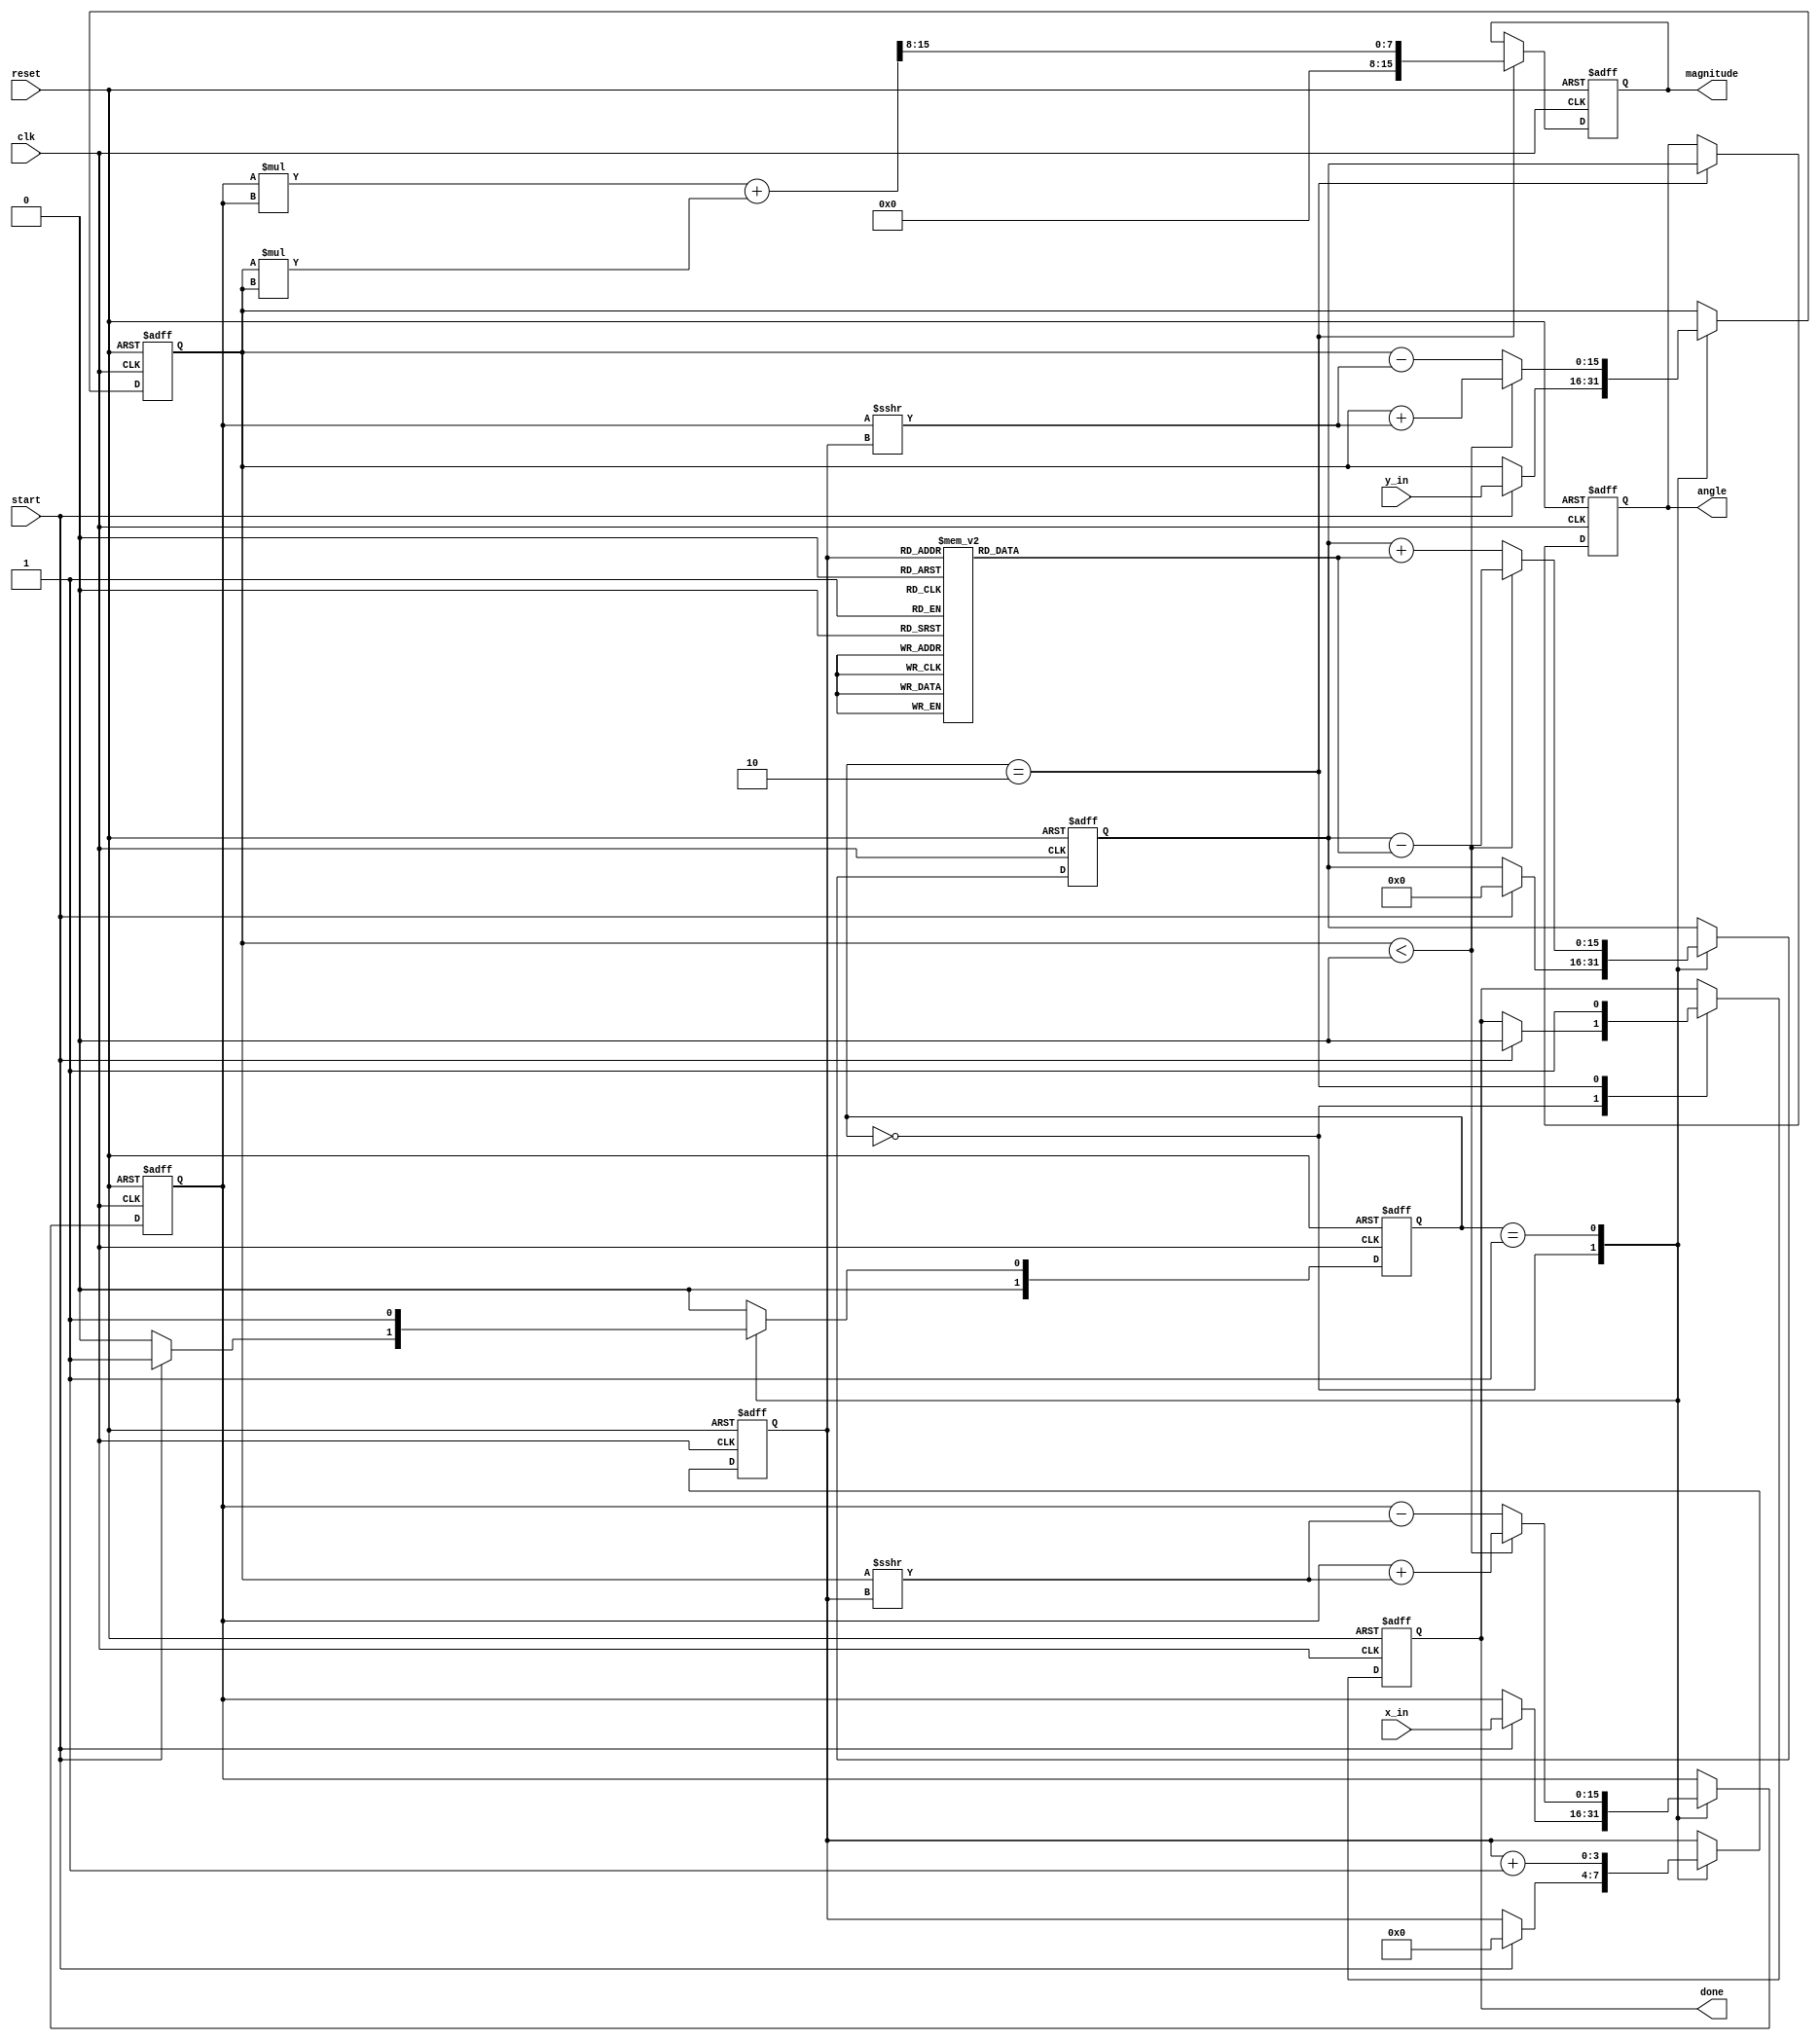
module vectoring_cordic #(
    parameter N = 16, // Bit-width for x_in and y_in
    parameter M = 16, // Bit-width for angle output
    parameter ITERATIONS = 16 // Number of iterations for CORDIC
)(
    input  wire [N-1:0] x_in,
    input  wire [N-1:0] y_in,
    input  wire start,
    input  wire clk,
    input  wire reset,
    output reg [N-1:0] magnitude,
    output reg [M-1:0] angle,
    output reg done
);

    // Internal registers
    reg [N-1:0] x_reg;
    reg [N-1:0] y_reg;
    reg [M-1:0] z_reg;
    reg [3:0] iter_count; // 4 bits for counting up to 16 iterations

    // CORDIC angle lookup table
    reg [M-1:0] atan_table [0:ITERATIONS-1];
    initial begin
        // Initialize the atan_table with precomputed values
        atan_table[0] = 16'h2000; // atan(2^-0)
        atan_table[1] = 16'h1000; // atan(2^-1)
        atan_table[2] = 16'h0800; // atan(2^-2)
        atan_table[3] = 16'h0400; // atan(2^-3)
        atan_table[4] = 16'h0200; // atan(2^-4)
        atan_table[5] = 16'h0100; // atan(2^-5)
        atan_table[6] = 16'h0080; // atan(2^-6)
        atan_table[7] = 16'h0040; // atan(2^-7)
        atan_table[8] = 16'h0020; // atan(2^-8)
        atan_table[9] = 16'h0010; // atan(2^-9)
        atan_table[10] = 16'h0008; // atan(2^-10)
        atan_table[11] = 16'h0004; // atan(2^-11)
        atan_table[12] = 16'h0002; // atan(2^-12)
        atan_table[13] = 16'h0001; // atan(2^-13)
        atan_table[14] = 16'h0000; // atan(2^-14)
        atan_table[15] = 16'h0000; // atan(2^-15)
    end

    // State definitions
    localparam IDLE = 2'b00, COMPUTE = 2'b01, DONE = 2'b10;
    reg [1:0] state, next_state;

    // FSM for control logic
    always @(posedge clk or posedge reset) begin
        if (reset) begin
            state <= IDLE;
        end else begin
            state <= next_state;
        end
    end

    // Next state logic
    always @(*) begin
        case (state)
            IDLE: begin
                if (start) next_state = COMPUTE;
                else next_state = IDLE;
            end
            COMPUTE: begin
                if (iter_count == ITERATIONS) next_state = DONE;
                else next_state = COMPUTE;
            end
            DONE: begin
                next_state = IDLE;
            end
            default: next_state = IDLE;
        endcase
    end

    // Main computation logic
    always @(posedge clk or posedge reset) begin
        if (reset) begin
            x_reg <= 0;
            y_reg <= 0;
            z_reg <= 0;
            iter_count <= 0;
            done <= 0;
            magnitude <= 0;
            angle <= 0;
        end else begin
            case (state)
                IDLE: begin
                    if (start) begin
                        x_reg <= x_in;
                        y_reg <= y_in;
                        z_reg <= 0;
                        iter_count <= 0;
                        done <= 0;
                    end
                end
                COMPUTE: begin
                    if (y_reg < 0) begin
                        x_reg <= x_reg + (y_reg >>> iter_count);
                        y_reg <= y_reg + (x_reg >>> iter_count);
                        z_reg <= z_reg - atan_table[iter_count];
                    end else begin
                        x_reg <= x_reg - (y_reg >>> iter_count);
                        y_reg <= y_reg - (x_reg >>> iter_count);
                        z_reg <= z_reg + atan_table[iter_count];
                    end
                    iter_count <= iter_count + 1;
                end
                DONE: begin
                    done <= 1;
                    // Calculate magnitude
                    magnitude <= (x_reg * x_reg + y_reg * y_reg) >> (N / 2);
                    angle <= z_reg;
                end
            endcase
        end
    end

endmodule